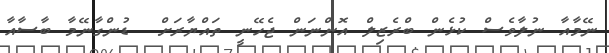
ނޭމާއާ ނުލާވެސް ކުޅެން ބްރެޒިލް އޮންނަން ޖެހޭނީ ތައްޔާރަށް  ޑުންގާނޭމާ ބާސާއާ